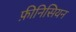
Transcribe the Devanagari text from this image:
फ़ीनिसियन